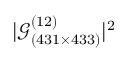
| \mathcal { G } _ { ( 4 3 1 \times 4 3 3 ) } ^ { ( 1 2 ) } | ^ { 2 }